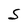
Character: S